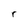
Character: r